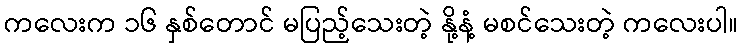
ကလေးက ၁၆ နှစ်တောင် မပြည့်သေးတဲ့ နို့နံ့ မစင်သေးတဲ့ ကလေးပါ။